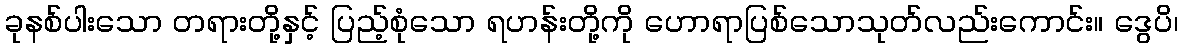
ခုနစ်ပါးသော တရားတို့နှင့် ပြည့်စုံသော ရဟန်းတို့ကို ဟောရာပြစ်သောသုတ်လည်းကောင်း။ ဒွေပိ၊